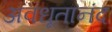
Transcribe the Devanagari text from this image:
अवधूतानंद